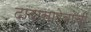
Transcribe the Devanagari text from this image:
दादासाहेबांची